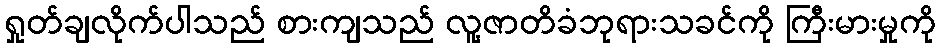
ရှုတ်ချလိုက်ပါသည် စားကျသည် လူ့ဇာတိခံဘုရားသခင်ကို ကြီးမားမှုကို